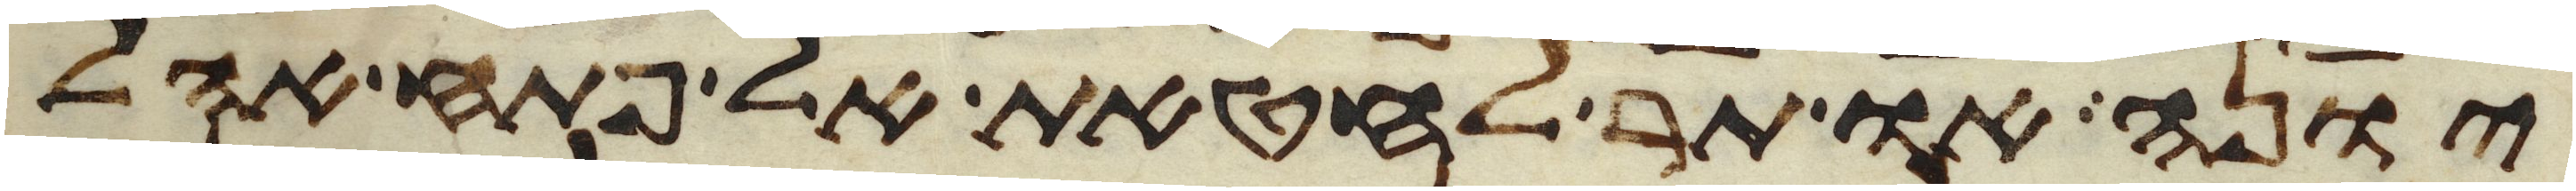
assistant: יונה או תר לחטאת אל פתח אהל